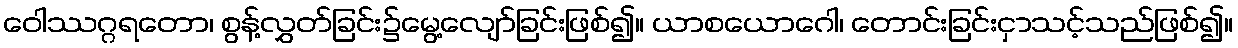
ဝေါဿဂ္ဂရတော၊ စွန့်လွှတ်ခြင်း၌မွေ့လျော်ခြင်းဖြစ်၍။ ယာစယောဂေါ၊ တောင်းခြင်းငှာသင့်သည်ဖြစ်၍။